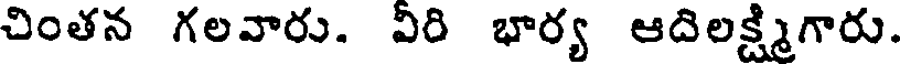
చింతన గలవారు. వీరి భార్య ఆదిలక్ష్మిగారు.